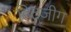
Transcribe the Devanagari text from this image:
हिटजीग